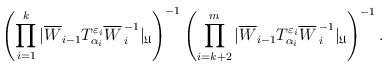
LaTeX: \begin{align*}\left(\prod^{k}_{i=1} |\overline{W}_{i-1}T^{\varepsilon_i}_{\alpha_i}{\overline{W}\,}^{-1}_i|_\mathfrak{U}\right)^{-1}\left(\prod^{m}_{i=k+2} |\overline{W}_{i-1}T^{\varepsilon_i}_{\alpha_i}{\overline{W}\,}^{-1}_i|_\mathfrak{U}\right)^{-1}.\end{align*}